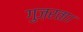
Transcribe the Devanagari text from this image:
गुज़रता।